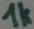
Text: 1k